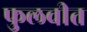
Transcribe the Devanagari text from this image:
फुलवीत